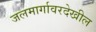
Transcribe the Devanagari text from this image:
जलमार्गावरदेखील